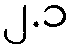
၂.၁